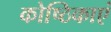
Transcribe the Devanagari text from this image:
कोष्ठिकाएं